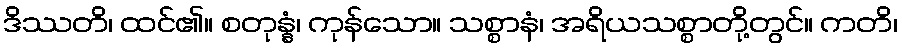
ဒိဿတိ၊ ထင်၏။ စတုန္နံ၊ ကုန်သော။ သစ္စာနံ၊ အရိယသစ္စာတို့တွင်။ ကတိ၊